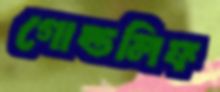
গোল্ডলিফ